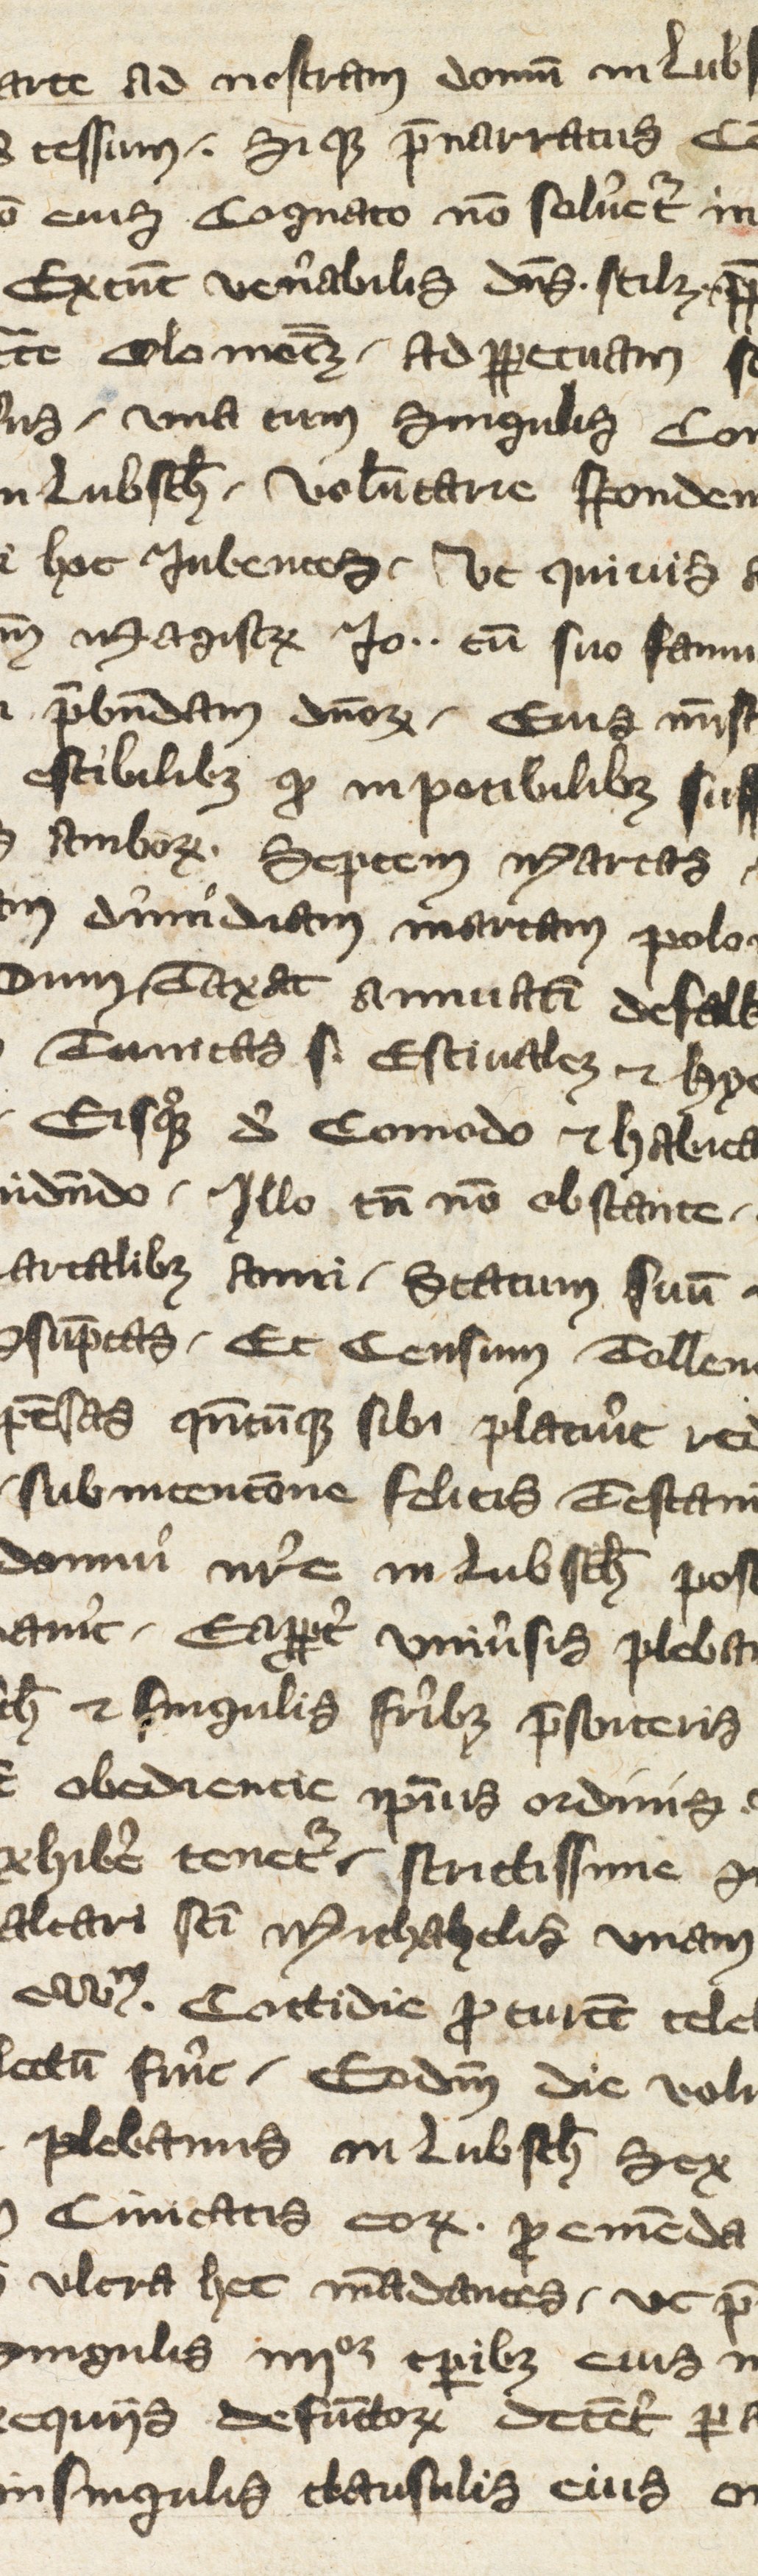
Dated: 1350–1399